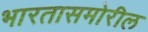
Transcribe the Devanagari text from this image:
भारतासमोरील